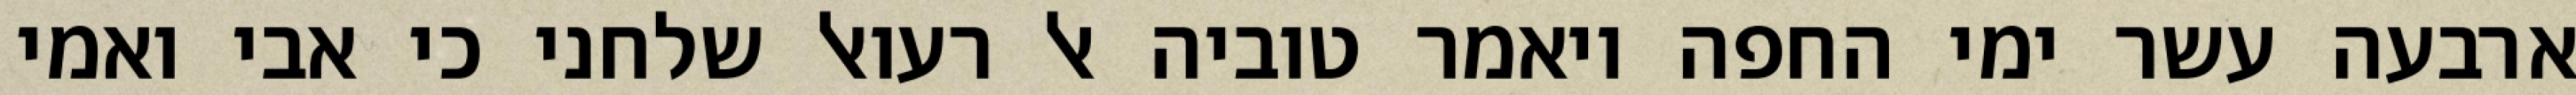
ארבעה עשר ימי החפה ויאמר טוביה אל רעואל שלחני כי אבי ואמי